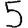
Digit: 5